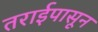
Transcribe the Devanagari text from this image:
तराईपासून